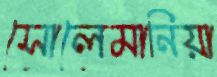
সোলেমানিয়া